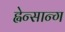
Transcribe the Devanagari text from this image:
ह्वेन्सान्ग